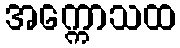
အက္ကောသထ